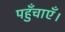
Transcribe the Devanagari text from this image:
पहुँचाएँ।